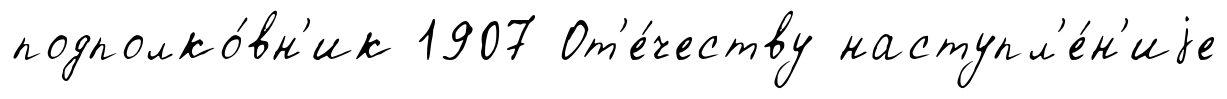
подполко́вн'ик 1907 От'е́честву наступл'е́н'иjе